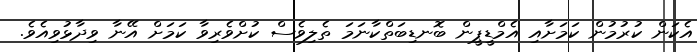
އެކަން ކުރުމުން ކަމަށާއި އެމްޑީޕީން ބޮނޑިބަތްކާނަމަ ތެލިވެސް ކުށްވެރިވާ ކަމަށް އޭނާ ވިދާޅުވިއެވެ.